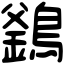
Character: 𪄇